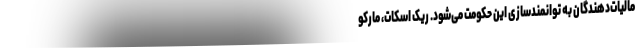
مالیات‌دهندگان به توانمندسازی این حکومت می‌شود. ریک اسکات، مارکو